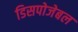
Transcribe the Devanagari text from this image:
डिसपोजेबल